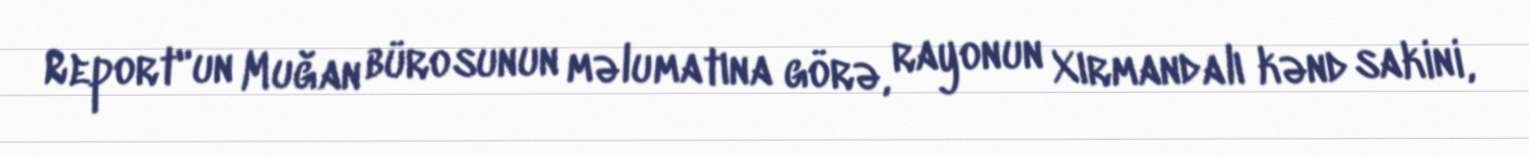
Report"un Muğan bürosunun məlumatına görə, rayonun Xırmandalı kənd sakini,